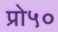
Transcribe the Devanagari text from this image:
प्रो५०